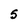
Character: 5